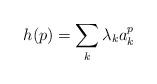
LaTeX: \begin{align*}h(p) = \sum_k \lambda_ka_k^p\end{align*}